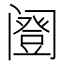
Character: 𬮹